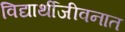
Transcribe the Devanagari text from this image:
विद्यार्थीजीवनात